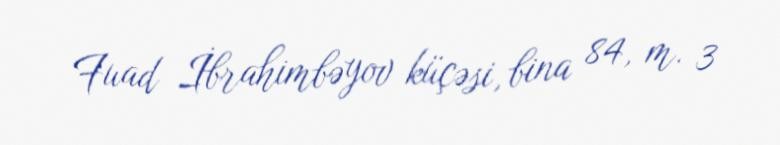
Fuad İbrahimbəyov küçəsi, bina 84, m. 3